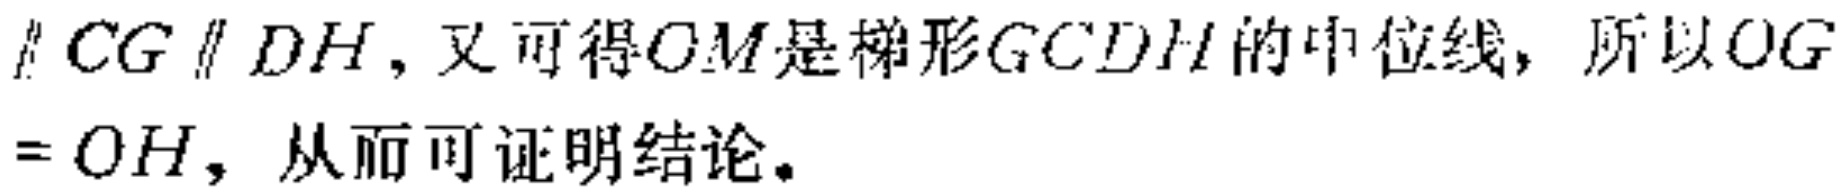
\(\parallel CG\parallel DH\)，又可得\(OM\)是梯形\(GCDH\)的中位线，所以\(OG = OH\)，从而可证明结论。